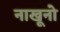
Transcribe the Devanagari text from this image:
नाखूनो